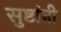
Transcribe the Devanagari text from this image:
सुष्टांनी